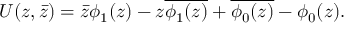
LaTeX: U ( z , \bar { z } ) = \bar { z } \phi _ { 1 } ( z ) - z \overline { { { \phi _ { 1 } ( z ) } } } + \overline { { { \phi _ { 0 } ( z ) } } } - \phi _ { 0 } ( z ) .